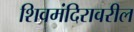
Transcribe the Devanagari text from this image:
शिवमंदिरावरील